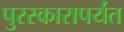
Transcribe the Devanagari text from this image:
पुरस्कारापर्यंत